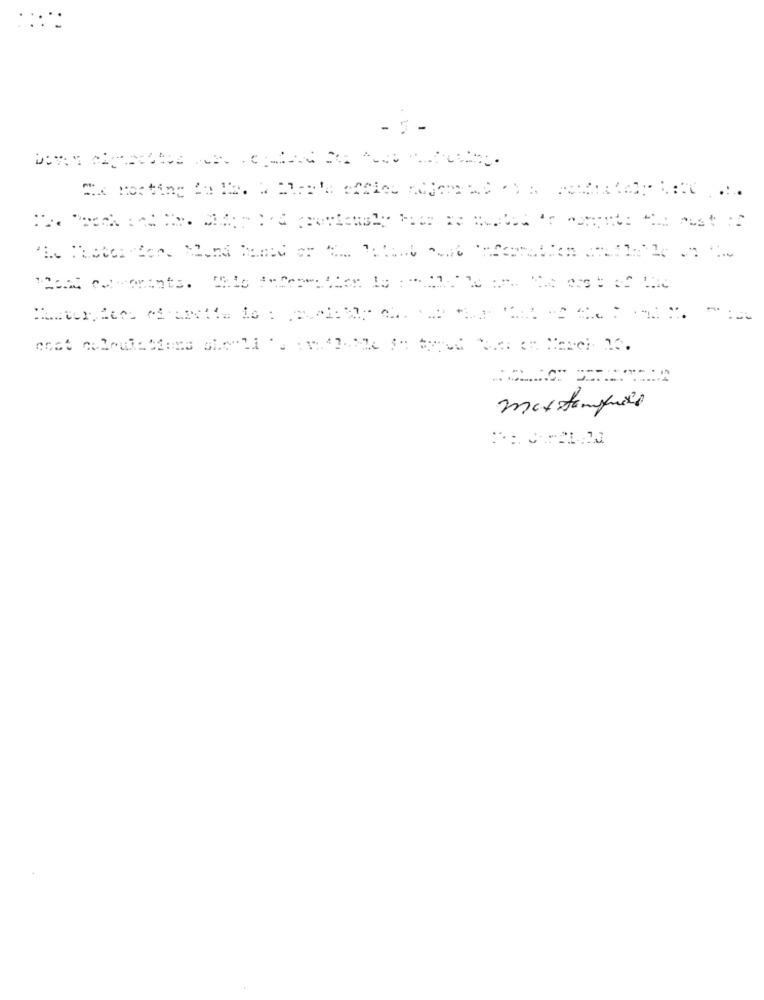
- 5 -
maxtempura